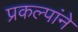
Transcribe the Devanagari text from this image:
प्रकल्पांने